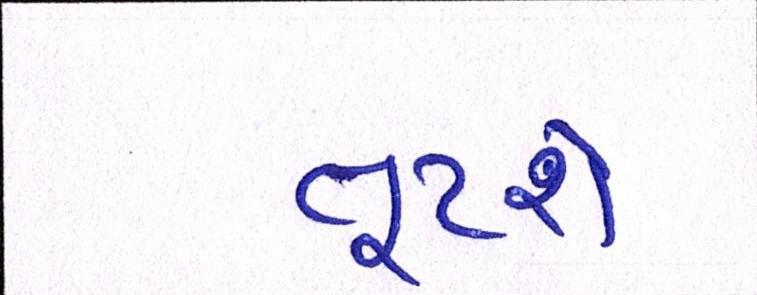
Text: તૂટશે